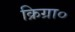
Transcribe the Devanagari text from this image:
क्रिग्रा०